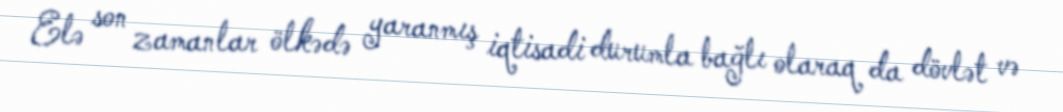
Elə son zamanlar ölkədə yaranmış iqtisadi durumla bağlı olaraq da dövlət və